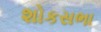
શોકસભા